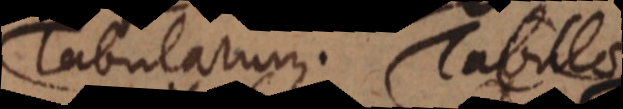
Tabularum. Tabulae